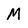
Character: M